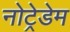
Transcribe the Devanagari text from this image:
नोट्रेडेम